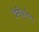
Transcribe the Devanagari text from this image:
पैनीकुलेटा